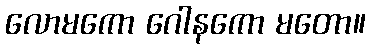
လောမကော ဂေါနကော မတော။